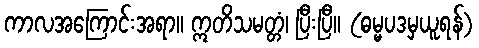
ကာလအကြောင်းအရာ။ ဣတိသမတ္တံ၊ ပြီးပြီ။ (ဓမ္မပဒမှယူရန်)